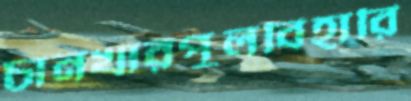
চানখারপুলবিহারি